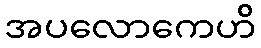
အပလောကေဟိ